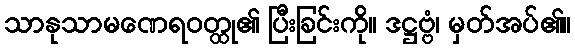
သာနုသာမဏေရဝတ္ထု၏ ပြီးခြင်းကို။ ဒဋ္ဌဗ္ဗံ၊ မှတ်အပ်၏။